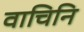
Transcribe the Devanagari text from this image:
वाचिनि